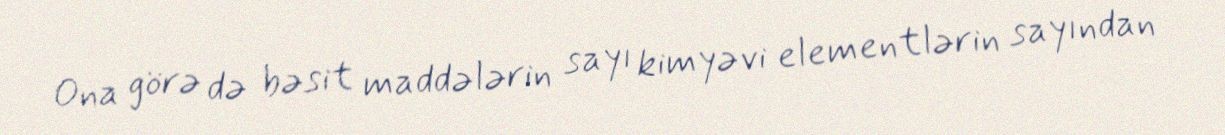
Ona görə də bəsit maddələrin sayı kimyəvi elementlərin sayından